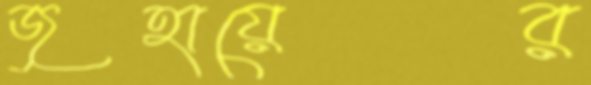
জুহায়ের